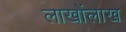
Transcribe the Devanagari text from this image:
लाखोंलाख